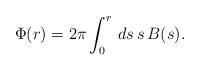
LaTeX: \begin{align*}\Phi(r) = 2 \pi \int^{r}_{0} \, ds \, s \, B(s).\end{align*}